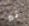
تير